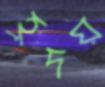
হ্রদয়